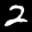
Label: 2